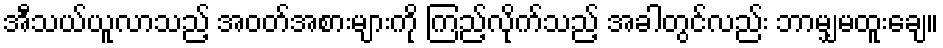
အီသယ်ယူလာသည့် အဝတ်အစားများကို ကြည့်လိုက်သည့် အခါတွင်လည်း ဘာမျှမထူးချေ။